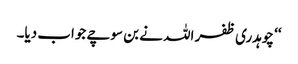
‘‘ چوہدری ظفر اللہ نے بن سوچے جواب دیا۔